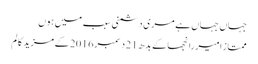
جہاں جہاں ہے مری دشمنی سبب میں ہوں
ممتاز امیر رانجھا کے بدھ 21 دسمبر 2016 کے مزید کالم